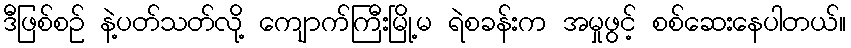
ဒီဖြစ်စဉ် နဲ့ပတ်သတ်လို့ ကျောက်ကြီးမြို့မ ရဲစခန်းက အမှုဖွင့် စစ်ဆေးနေပါတယ်။